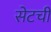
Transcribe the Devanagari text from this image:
सेटची